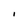
Character: I